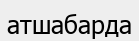
атшабарда